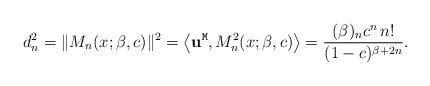
LaTeX: \begin{align*}d_n^2=\| M_{n}(x;\beta,c)\|^{2}=\left\langle {\bf u}^{\tt M},M^2_{n}(x;\beta,c)\right\rangle=\frac{(\beta)_{n}c^{n}\, n!}{(1-c)^{\beta+2n}}. \end{align*}